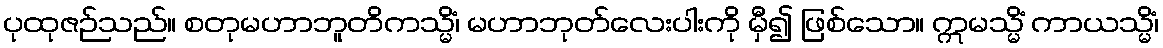
ပုထုဇဉ်သည်။ စတုမဟာဘူတိကသ္မိံ၊ မဟာဘုတ်လေးပါးကို မှီ၍ ဖြစ်သော။ ဣမသ္မိံ ကာယသ္မိံ၊